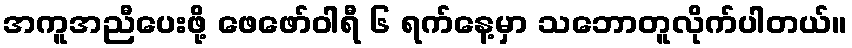
အကူအညီပေးဖို့ ဖေဖော်ဝါရီ ၆ ရက်နေ့မှာ သဘောတူလိုက်ပါတယ်။